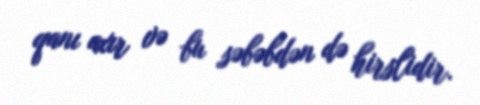
qanı axır və bu səbəbdən də hirslidir.